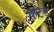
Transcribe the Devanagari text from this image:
कटड़